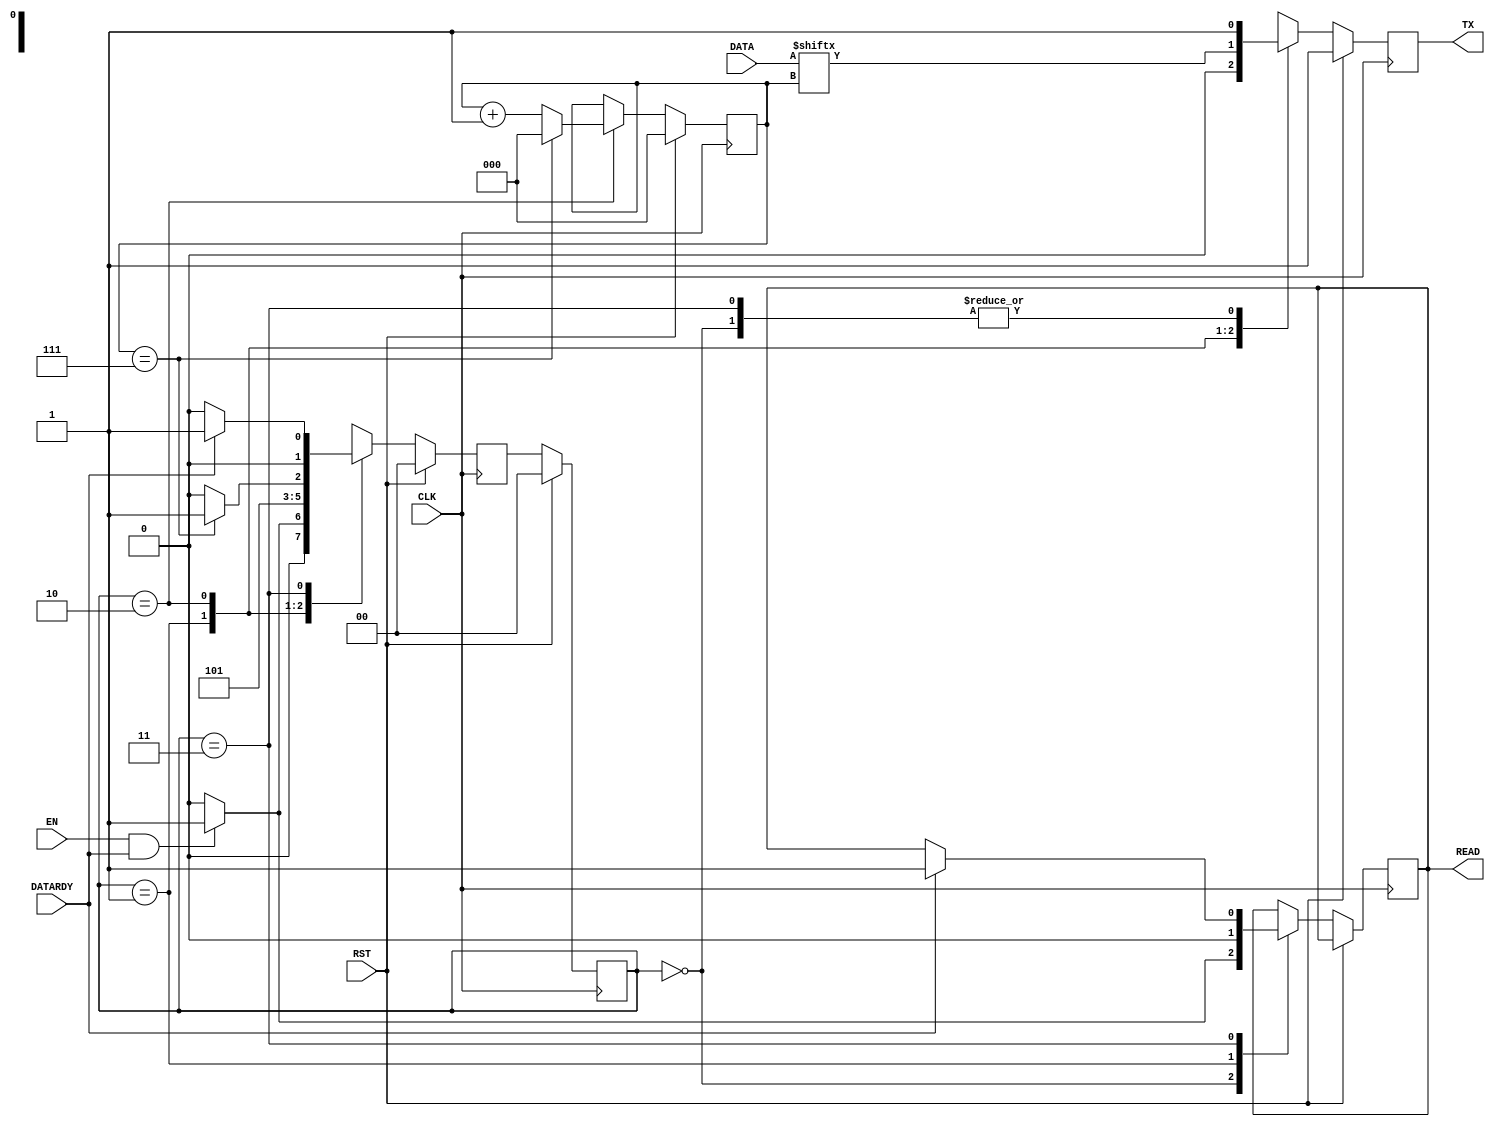
module uart_tx(
  input                       CLK,
  input                       RST,
  input                       EN,
  input   [DATAWIDTH - 1 : 0] DATA,
  input                       DATARDY,
  output                      READ,
  output                      TX
);

  parameter DATAWIDTH = 8;
  parameter IDLE      = 4'h0;
  parameter START     = 4'h1;
  parameter BIT_TX    = 4'h2;
  parameter STOP      = 4'h3;

  reg       read_reg;
  reg       tx_reg;
  reg [1:0] curr_state;
  reg [1:0] next_state;
  reg [2:0] bit_cnt;

  always @ (posedge CLK) begin
    if(RST == 1) begin
      tx_reg <= 1;
      next_state <= IDLE;
      curr_state <= IDLE;
      bit_cnt <= 3'h0;
    end
    else begin
      case(curr_state)
        IDLE: begin
          tx_reg <= 1'b1;
          if((EN == 1'b1) && (DATARDY == 1'b1)) begin
            read_reg <= 1;
            next_state <= START;
          end
          else begin
            read_reg <= 0;
            next_state <= IDLE;
          end
        end
        START: begin
          tx_reg <= 1'b0;
          read_reg <= 1'b0;
          next_state <= BIT_TX;
        end
        BIT_TX: begin
          tx_reg <= DATA[bit_cnt];
          if(bit_cnt == 3'h7) begin
            bit_cnt <= 3'h0;
            next_state <= STOP;
          end
          else begin
            bit_cnt <= bit_cnt + 1'b1;
            next_state <= BIT_TX;
          end
        end
        STOP: begin
          tx_reg <= 1'b1;
          if(DATARDY == 1'b1) begin
            read_reg <= 1'b1;
            next_state <= START;
          end
          else begin
            next_state <= IDLE;
          end
        end
        default: begin
          tx_reg <= 1'b1;
          next_state <= IDLE;
        end
      endcase
      curr_state <= next_state;
    end
  end


  assign READ = read_reg;
  assign TX = tx_reg;

endmodule